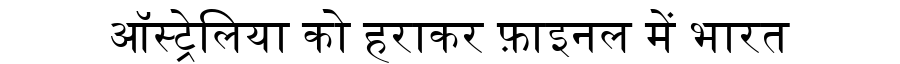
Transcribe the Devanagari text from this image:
ऑस्ट्रेलिया को हराकर फ़ाइनल में भारत